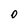
Character: 0